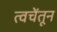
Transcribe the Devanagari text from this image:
त्वचेंतून